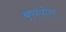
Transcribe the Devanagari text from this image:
बृष्ययोग